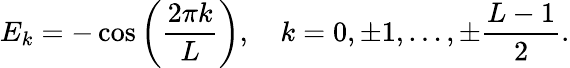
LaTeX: E_{k}=-\cos\left(\frac{2\pi k}{L}\right),\quad k=0,\pm 1,\ldots,\pm\frac{L-1}{2}.